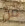
من